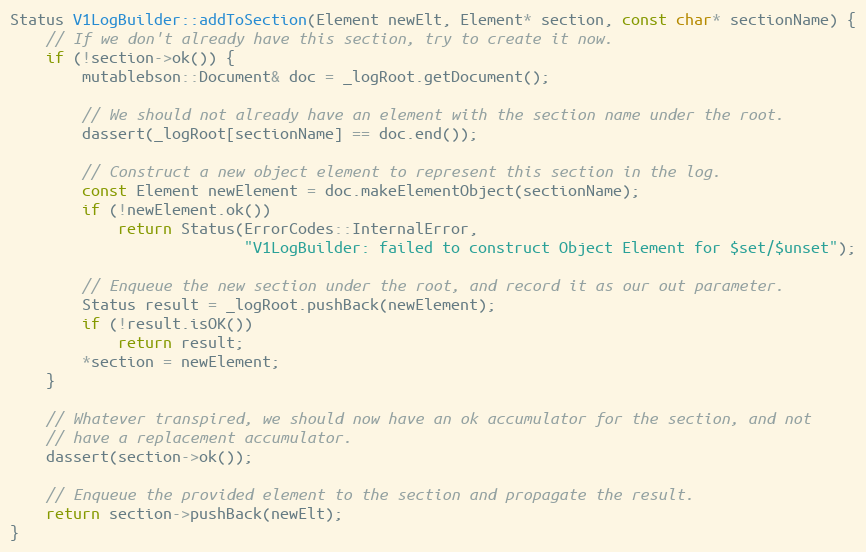
Language: C++
Status V1LogBuilder::addToSection(Element newElt, Element* section, const char* sectionName) {
    // If we don't already have this section, try to create it now.
    if (!section->ok()) {
        mutablebson::Document& doc = _logRoot.getDocument();

        // We should not already have an element with the section name under the root.
        dassert(_logRoot[sectionName] == doc.end());

        // Construct a new object element to represent this section in the log.
        const Element newElement = doc.makeElementObject(sectionName);
        if (!newElement.ok())
            return Status(ErrorCodes::InternalError,
                          "V1LogBuilder: failed to construct Object Element for $set/$unset");

        // Enqueue the new section under the root, and record it as our out parameter.
        Status result = _logRoot.pushBack(newElement);
        if (!result.isOK())
            return result;
        *section = newElement;
    }

    // Whatever transpired, we should now have an ok accumulator for the section, and not
    // have a replacement accumulator.
    dassert(section->ok());

    // Enqueue the provided element to the section and propagate the result.
    return section->pushBack(newElt);
}